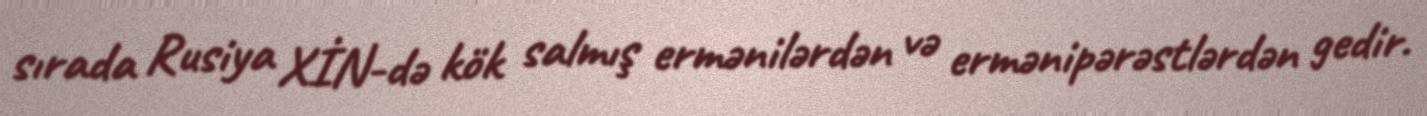
sırada Rusiya XİN-də kök salmış ermənilərdən və ermənipərəstlərdən gedir.